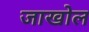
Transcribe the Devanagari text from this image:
जाखोल